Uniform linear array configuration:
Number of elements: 32
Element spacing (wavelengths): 0.25
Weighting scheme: binomial
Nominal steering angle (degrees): -60
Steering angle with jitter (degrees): -60.204
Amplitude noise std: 0.05
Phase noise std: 0.05

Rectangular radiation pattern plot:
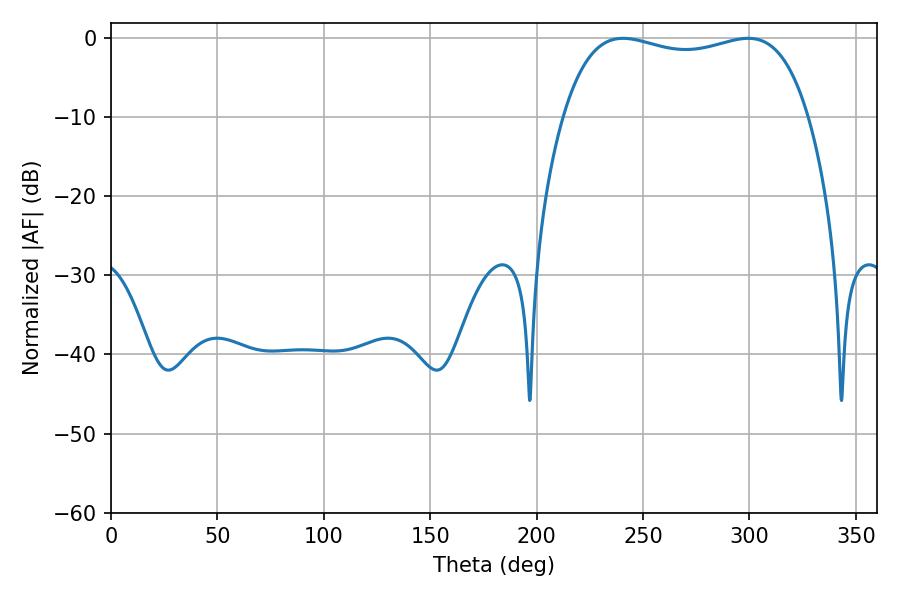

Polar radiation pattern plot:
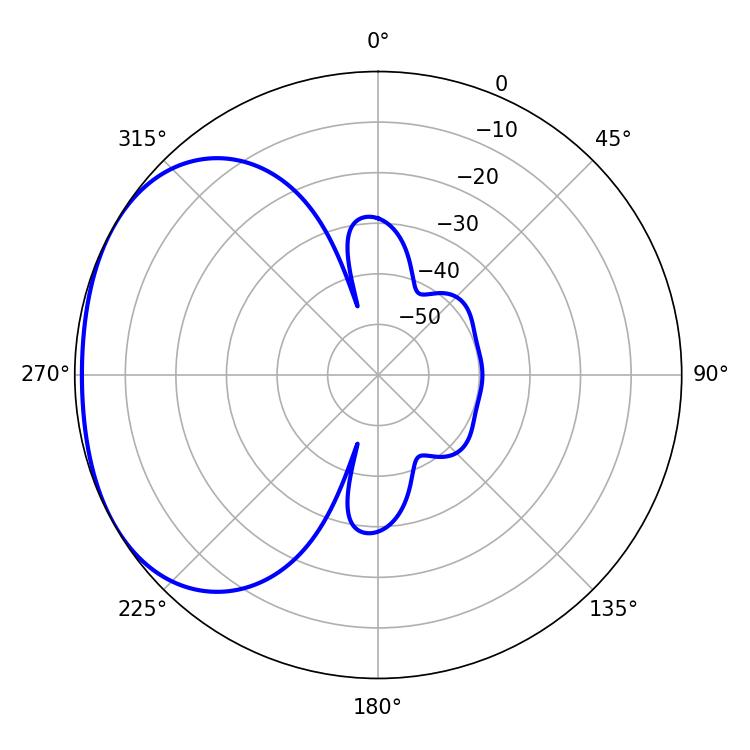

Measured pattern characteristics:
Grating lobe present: FALSE
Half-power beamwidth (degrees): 93.6
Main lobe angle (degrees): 240.66